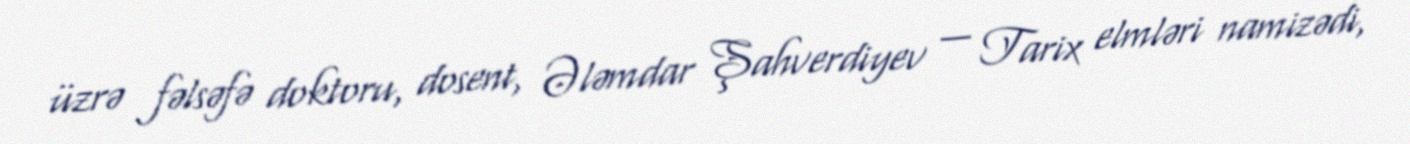
üzrə fəlsəfə doktoru, dosent, Ələmdar Şahverdiyev — Tarix elmləri namizədi,